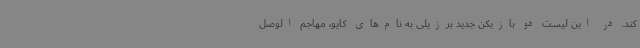
کند. در این لیست دو بازیکن جدید برزیلی به نام‌های کایو، مهاجم الوصل